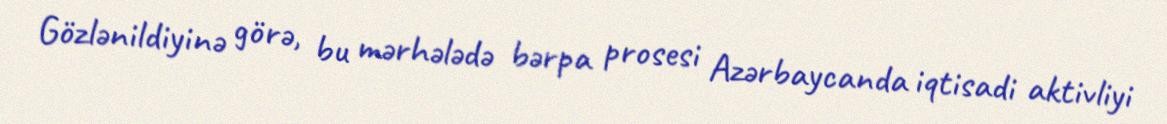
Gözlənildiyinə görə, bu mərhələdə bərpa prosesi Azərbaycanda iqtisadi aktivliyi